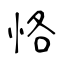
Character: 恪